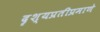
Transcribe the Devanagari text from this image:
दृश्यप्रतीप्रमाणे